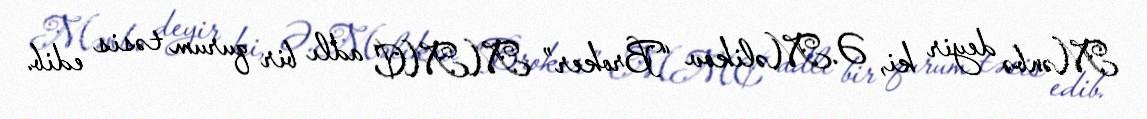
Mənbə deyir ki, Ə.Məlikov “Broker” MMC adlı bir qurum təsis edib.